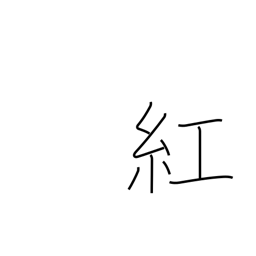
Meaning: crimson